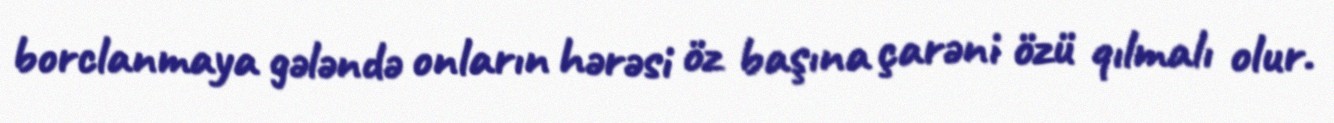
borclanmaya gələndə onların hərəsi öz başına çarəni özü qılmalı olur.